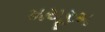
મયૂરમ